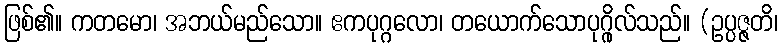
ဖြစ်၏။ ကတမော၊ အဘယ်မည်သော။ ဧကပုဂ္ဂလော၊ တယောက်သောပုဂ္ဂိုလ်သည်။ (ဥပ္ပဇ္ဇတိ၊